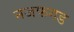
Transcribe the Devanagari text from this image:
नजफगड